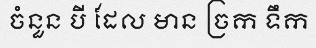
ចំនួន បី ដែល មាន ច្រក ទឹក